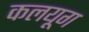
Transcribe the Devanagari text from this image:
कलयूग